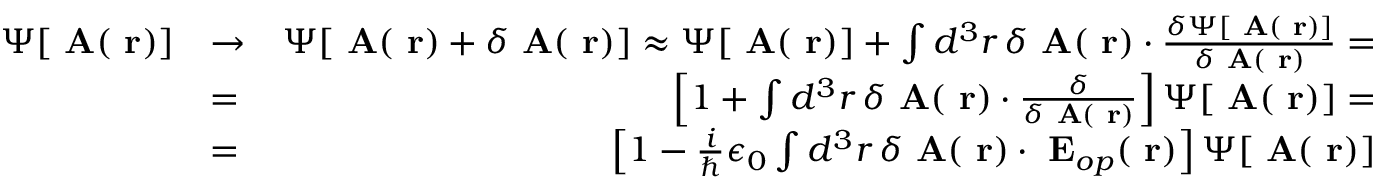
\begin{array} { r l r } { \Psi [ \mathrm { \bf ~ A } ( \mathrm { \bf ~ r } ) ] } & { \to } & { \Psi [ \mathrm { \bf ~ A } ( \mathrm { \bf ~ r } ) + \delta \mathrm { \bf ~ A } ( \mathrm { \bf ~ r } ) ] \approx \Psi [ \mathrm { \bf ~ A } ( \mathrm { \bf ~ r } ) ] + \int d ^ { 3 } r \, \delta \mathrm { \bf ~ A } ( \mathrm { \bf ~ r } ) \cdot \frac { \delta \Psi [ \mathrm { \bf ~ A } ( \mathrm { \bf ~ r } ) ] } { \delta \mathrm { \bf ~ A } ( \mathrm { \bf ~ r } ) } = } \\ & { = } & { \left[ 1 + \int d ^ { 3 } r \, \delta \mathrm { \bf ~ A } ( \mathrm { \bf ~ r } ) \cdot \frac { \delta } { \delta \mathrm { \bf ~ A } ( \mathrm { \bf ~ r } ) } \right] \Psi [ \mathrm { \bf ~ A } ( \mathrm { \bf ~ r } ) ] = } \\ & { = } & { \left[ 1 - \frac { i } { \hbar } \epsilon _ { 0 } \int d ^ { 3 } r \, \delta \mathrm { \bf ~ A } ( \mathrm { \bf ~ r } ) \cdot \mathrm { \bf ~ E } _ { o p } ( \mathrm { \bf ~ r } ) \right] \Psi [ \mathrm { \bf ~ A } ( \mathrm { \bf ~ r } ) ] } \end{array}